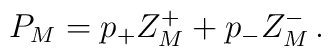
P_M= p_+ Z_M^+ +p_- Z_M^-\,.